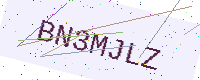
Text: BN3MJLZ